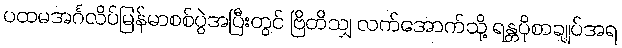
ပထမအင်္ဂလိပ်မြန်မာစစ်ပွဲအပြီးတွင် ဗြိတိသျှ လက်အောက်သို့ ရန္တပိုစာချုပ်အရ